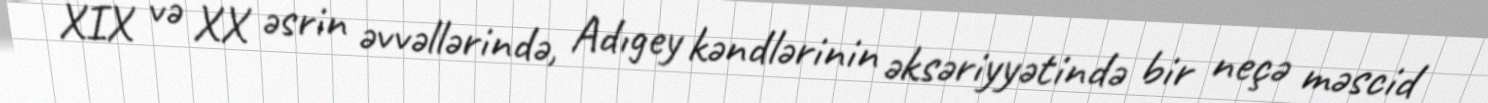
XIX və XX əsrin əvvəllərində, Adıgey kəndlərinin əksəriyyətində bir neçə məscid